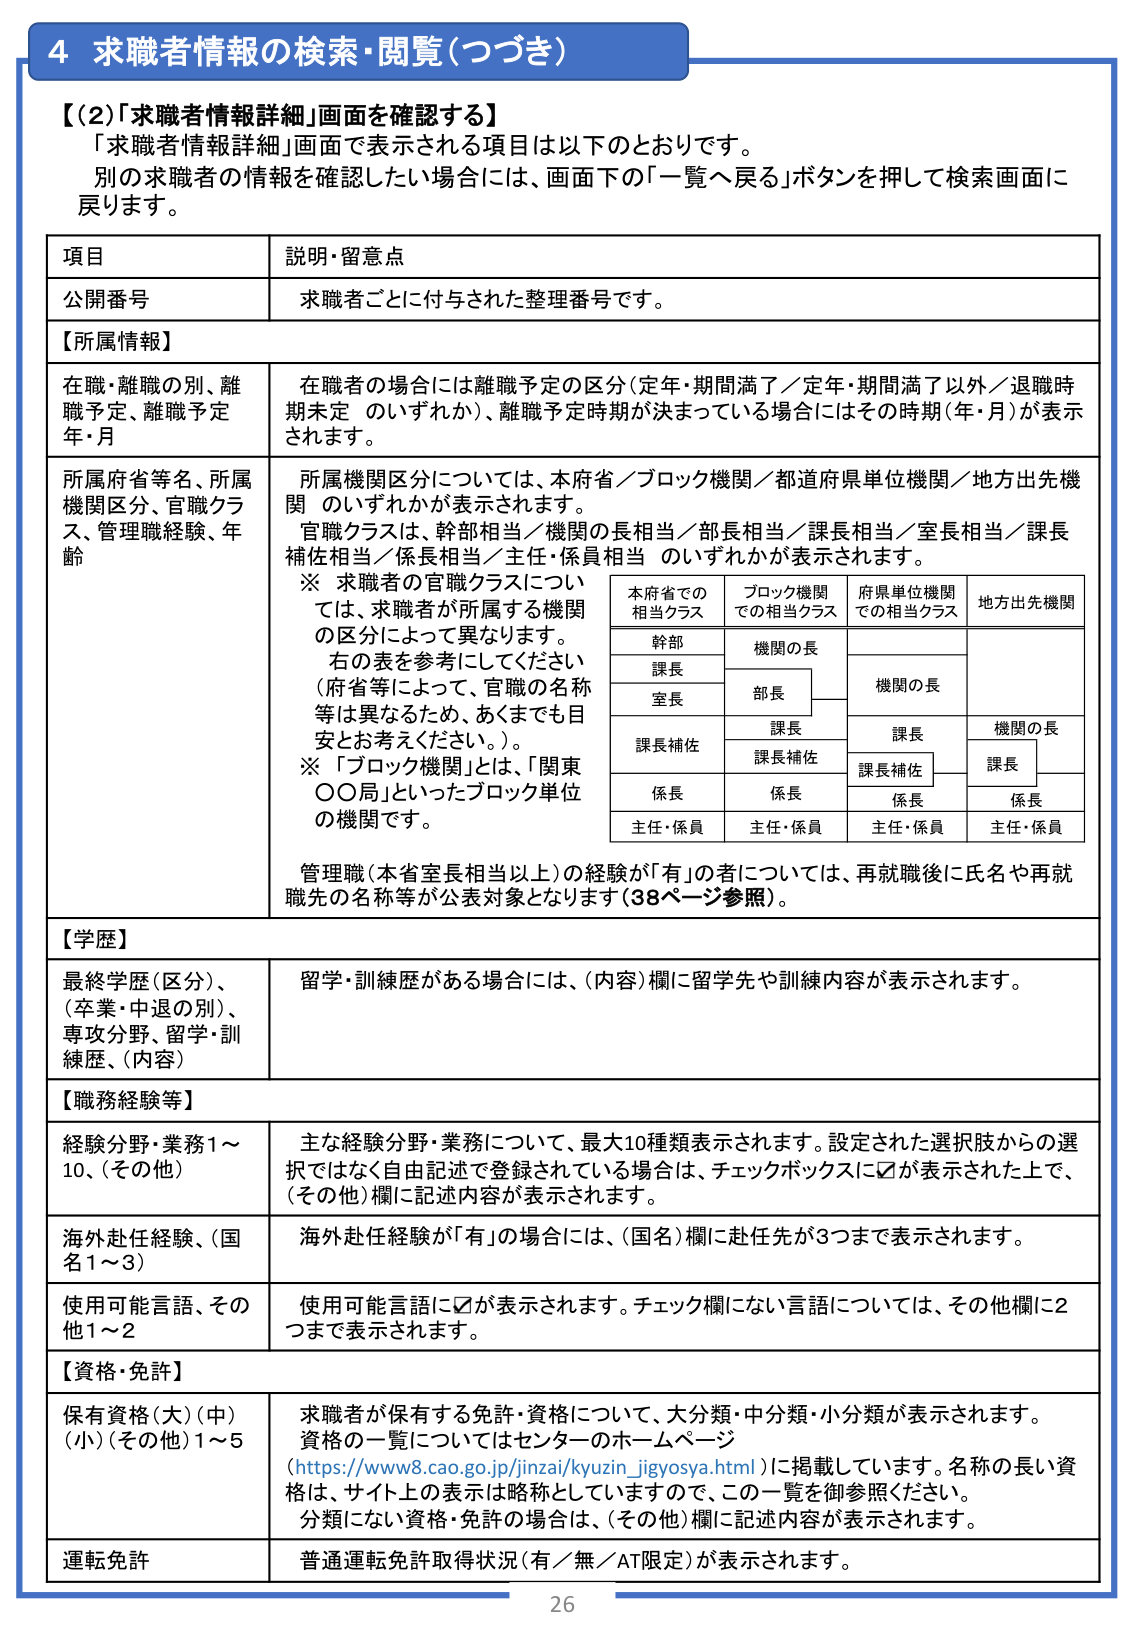
4 求職者情報の検索・閲覧（つづき）

【(2)「求職者情報詳細」画面を確認する】
「求職者情報詳細」画面で表示される項目は以下のとおりです。
別の求職者の情報を確認したい場合には、画面下の「一覧へ戻る」ボタンを押して検索画面に戻ります。

項目 説明・留意点

公開番号 求職者ごとに付与された整理番号です。

【所属情報】

在職・離職の別、離職予定、離職予定年・月 在職者の場合には離職予定の区分（定年・期間満了／定年・期間満了以外／退職時期未定 のいずれか）、離職予定時期が決まっている場合にはその時期（年・月）が表示されます。

所属府省等名、所属機関区分、官職クラス、管理職経験、年齢 所属機関区分については、本府省／ブロック機関／都道府県単位機関／地方出先機関 のいずれかが表示されます。
官職クラスは、幹部相当／機関の長相当／部長相当／課長相当／室長相当／課長補佐相当／係長相当／主任・係員相当 のいずれかが表示されます。
※ 求職者の官職クラスについては、求職者が所属する機関の区分によって異なります。
右の表を参考にしてください（府省等によって、官職の名称等は異なるため、あくまでも目安とお考えください。）。
※「ブロック機関」とは、「関東○○局」といったブロック単位の機関です。

本府省での相当クラス ブロック機関での相当クラス 府県単位機関での相当クラス 地方出先機関
幹部 機関の長
課長 部長 機関の長
室長
課長補佐 課長 機関の長
課長補佐 課長
係長 係長 係長
主任・係員 主任・係員 主任・係員 主任・係員

管理職（本省室長相当以上）の経験が「有」の者については、再就職後に氏名や再就職先の名称等が公表対象となります（38ページ参照）。

【学歴】

最終学歴（区分）、（卒業・中退の別）、専攻分野、留学・訓練歴、（内容） 留学・訓練歴がある場合には、（内容）欄に留学先や訓練内容が表示されます。

【職務経験等】

経験分野・業務1～10、（その他） 主な経験分野・業務について、最大10種類表示されます。設定された選択肢からの選択ではなく自由記述で登録されている場合は、チェックボックスに☑が表示された上で、（その他）欄に記述内容が表示されます。

海外赴任経験、（国名1～3） 海外赴任経験が「有」の場合には、（国名）欄に赴任先が3つまで表示されます。

使用可能言語、その他1～2 使用可能言語に☑が表示されます。チェック欄にない言語については、その他欄に2つまで表示されます。

【資格・免許】

保有資格（大）（中）（小）（その他）1～5 求職者が保有する免許・資格について、大分類・中分類・小分類が表示されます。
資格の一覧についてはセンターのホームページ（https://www8.cao.go.jp/jinzai/kyuzin_jigyosya.html）に掲載しています。名称の長い資格は、サイト上の表示は略称としていますので、この一覧を御参照ください。
分類にない資格・免許の場合は、（その他）欄に記述内容が表示されます。

運転免許 普通運転免許取得状況（有／無／AT限定）が表示されます。

26